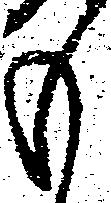
も